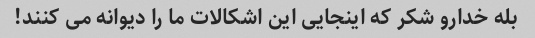
بله خدارو شکر که اینجایی این اشکالات ما را دیوانه می کنند!